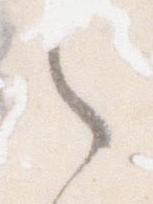
之